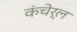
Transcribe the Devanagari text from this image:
कंचेर्ल